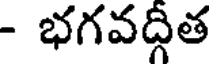
- భగవద్గీత